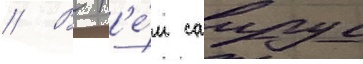
// В н'е́м саирус